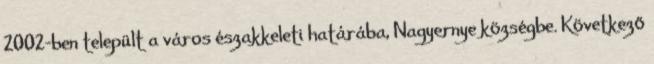
2002-ben települt a város északkeleti határába, Nagyernye községbe. Következő